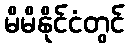
မိမိနိုင်ငံတွင်